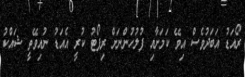
ރޯއަޑު އަބަދުވެސް އިވޭ ކަމަށާއި ފުލުހުންނަށް ރިޕޯޓު ކުރީ އެއަޑު ނުއިވޭތީ ޝައްކު